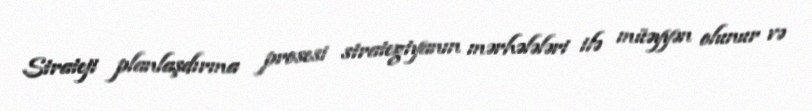
Strateji planlaşdırma prosesi strategiyanın mərhələləri ilə müəyyən olunur və